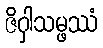
ဇိဝှါသမ္ဖဿံ